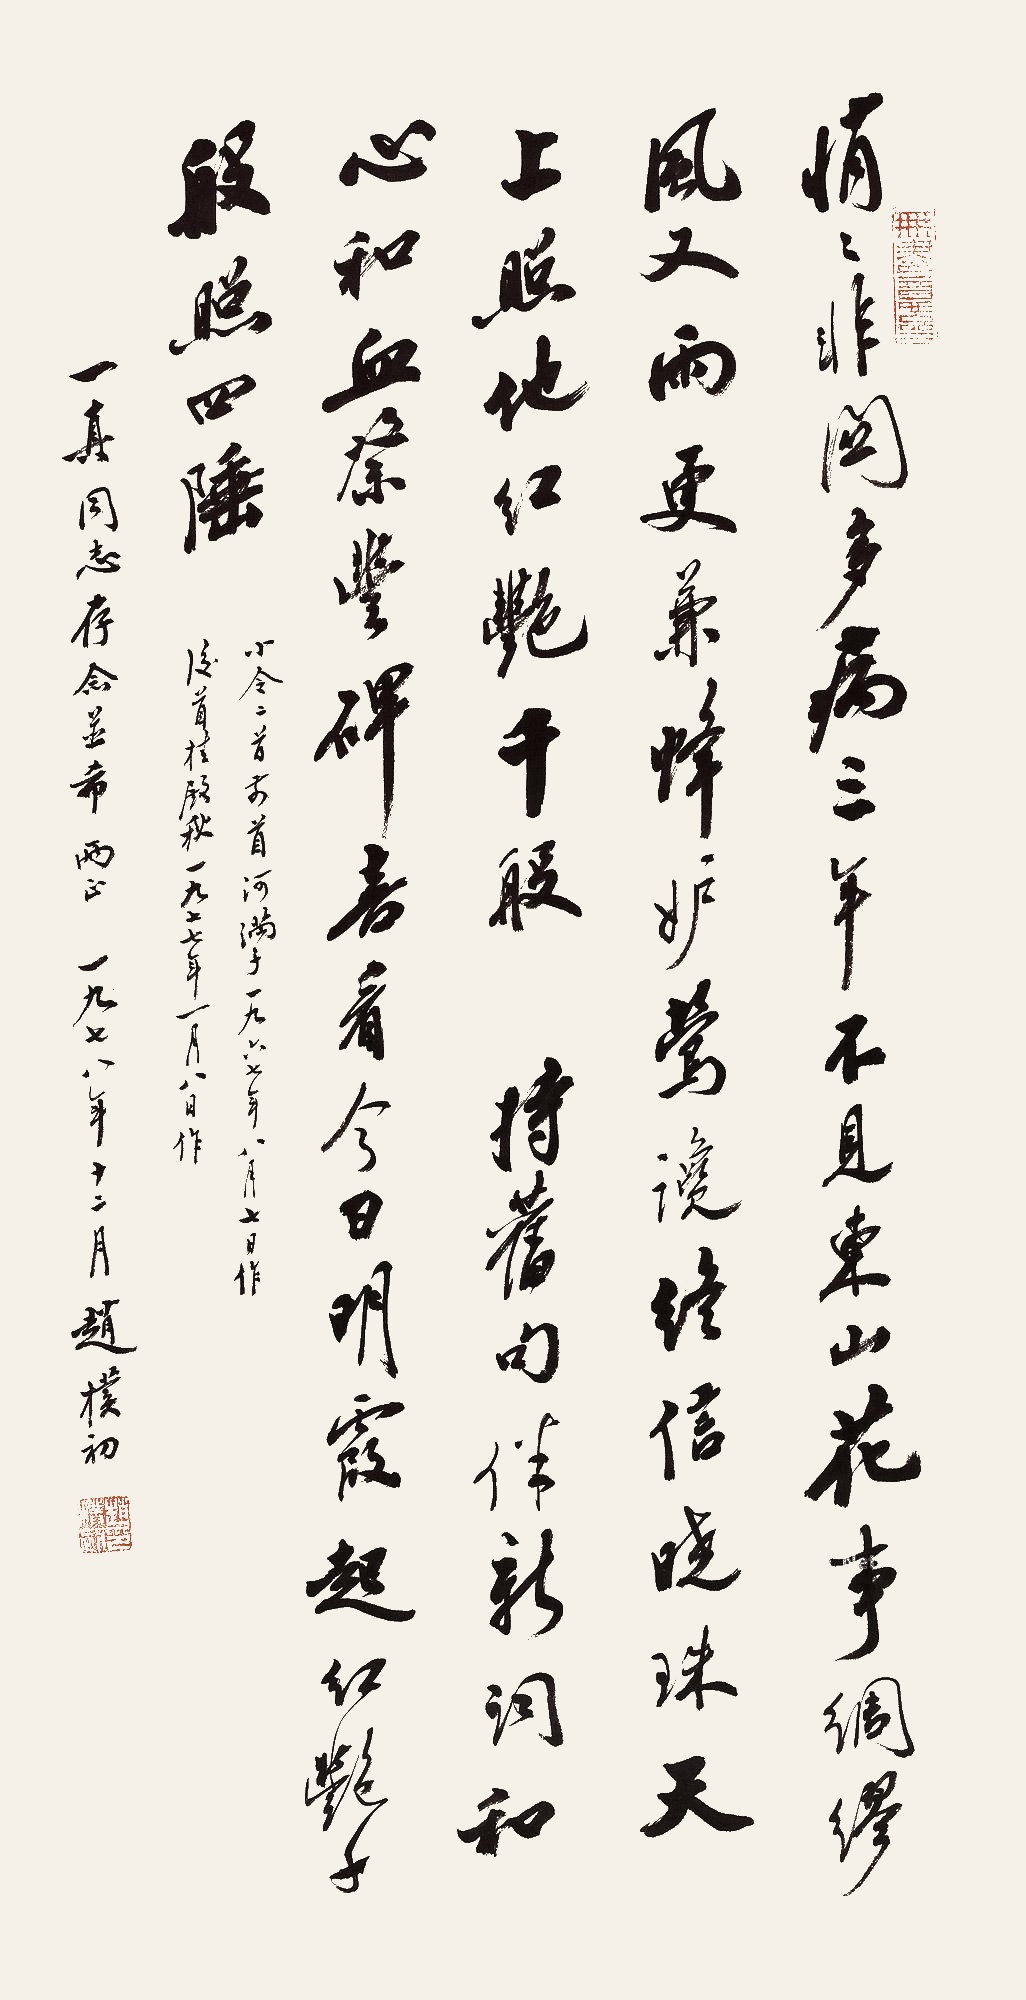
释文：(何满子·东山)悄悄非关多病，三年不见东山。花事绸缪风又雨，更兼蜂妒莺谗。终信晓珠天上，照地红艳千般。(桂殿秋)持旧句，伴新词，和心和血祭丰碑。喜看今日明霞起，红艳千般照四陲。小令二首，前首何满子，一九六七年八月七日作，后首桂殿秋，一九七七年一月八日作。一真同志存念并希两正，一九七八年十二月，赵朴初。